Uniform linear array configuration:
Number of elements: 12
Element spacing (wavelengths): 0.75
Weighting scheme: binomial
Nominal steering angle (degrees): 0
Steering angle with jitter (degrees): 1.123
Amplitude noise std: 0.05
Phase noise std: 0.05

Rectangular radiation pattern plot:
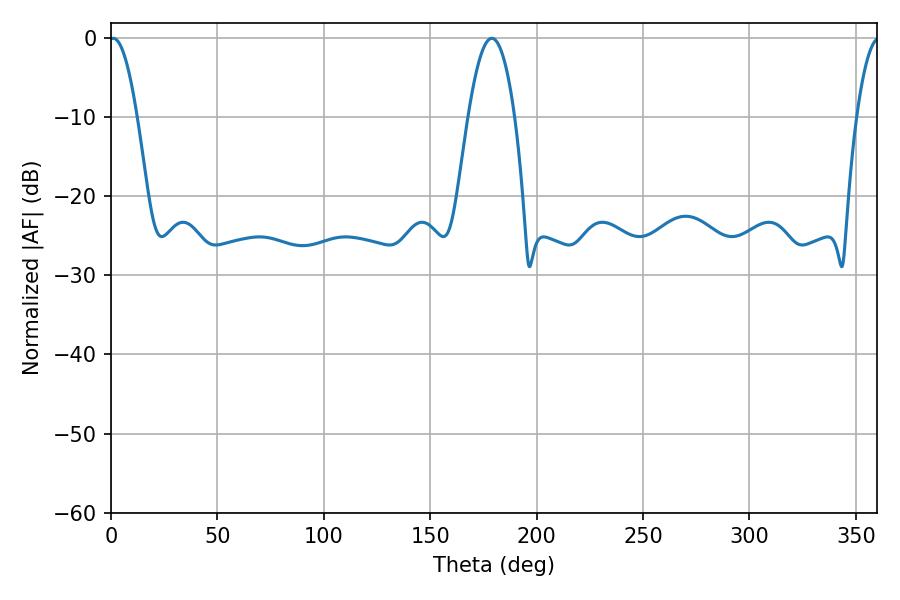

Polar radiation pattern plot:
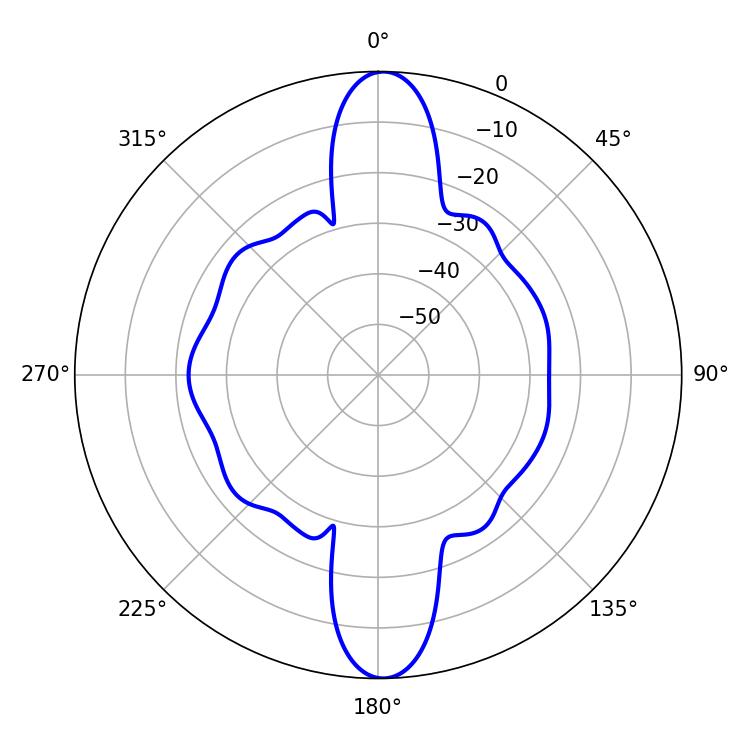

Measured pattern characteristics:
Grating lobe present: TRUE
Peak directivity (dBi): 23.86
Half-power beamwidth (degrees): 7.02
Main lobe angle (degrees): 1.08